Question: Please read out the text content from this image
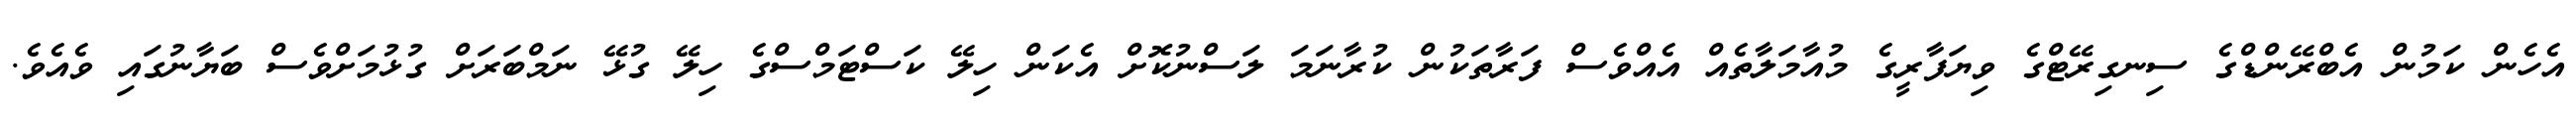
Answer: އެހެން ކަމުން އެބްރޭންޑްގެ ސިނގިރޭޓްގެ ވިޔަފާރީގެ މުއާމަލާތެއް އެއްވެސް ފަރާތަކުން ކުރާނަމަ ލަސްނުކޮށް އެކަން ހިލޭ ކަސްޓަމްސްގެ ހިލޭ ގުޅޭ ނަމްބަރަށް ގުޅުމަށްވެސް ބަޔާނުގައި ވެއެވެ.